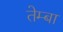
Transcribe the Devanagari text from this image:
तेम्बा